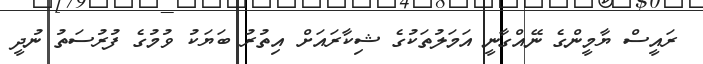
ރައީސް ޔާމީންގެ ނޭއްގާނީ އަމަލުތަކުގެ ޝިކާރައަށް އިތުރު ބަޔަކު ވުމުގެ ފުރުސަތު ނުދީ